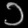
Digit: ၁